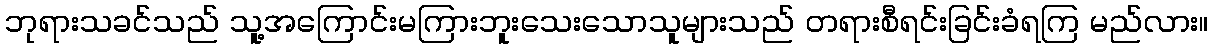
ဘုရားသခင်သည် သူ့အကြောင်းမကြားဘူးသေးသောသူများသည် တရားစီရင်းခြင်းခံရကြ မည်လား။